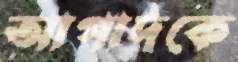
আগাদকে